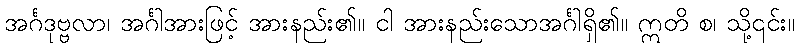
အင်္ဂဒုဗ္ဗလာ၊ အင်္ဂါအားဖြင့် အားနည်း၏။ ငါ အားနည်းသောအင်္ဂါရှိ၏။ ဣတိ စ၊ သို့၎င်း။